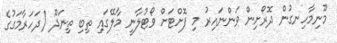
މޫނިމާހިނގުން ދޮރޯށިން ވަންނައިރު މި ފޮށްޓަށް ވޯޓުލާނީ މާލޭގައި ތިބި ތިނަދޫ (ދަހަރާމަގުގެ